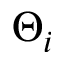
\Theta _ { i }